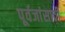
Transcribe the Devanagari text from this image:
पूर्वजांसाठी